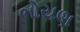
ભોયણ